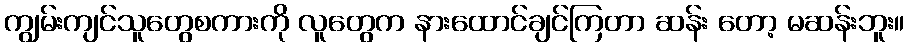
ကျွမ်းကျင်သူတွေစကားကို လူတွေက နားထောင်ချင်ကြတာ ဆန်း တော့ မဆန်းဘူး။